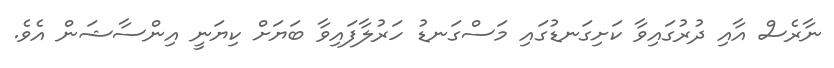
ނާރެސް އާއި ދުރުގައިވާ ކަށިގަނޑުގައި މަސްގަނޑު ހަރުލާފައިވާ ބަޔަށް ކިޔަނީ އިންސާޝަން އެވެ.